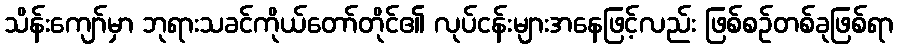
သိန်းကျော်မှာ ဘုရားသခင်ကိုယ်တော်တိုင်၏ လုပ်ငန်းများအနေဖြင့်လည်း ဖြစ်စဉ်တစ်ခုဖြစ်ရာ